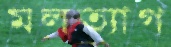
মলত্যাগ